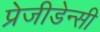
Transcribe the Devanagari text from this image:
प्रेजीडेन्सी